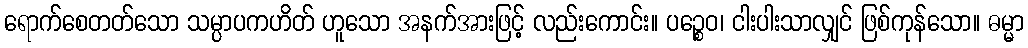
ရောက်စေတတ်သော သမ္ပာပကဟိတ် ဟူသော အနက်အားဖြင့် လည်းကောင်း။ ပဉ္စေဝ၊ ငါးပါးသာလျှင် ဖြစ်ကုန်သော။ ဓမ္မာ